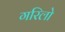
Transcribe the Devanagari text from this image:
गरिलो